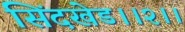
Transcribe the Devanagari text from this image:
सिंदखेड।।२।।